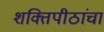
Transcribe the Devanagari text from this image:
शक्तिपीठांचा